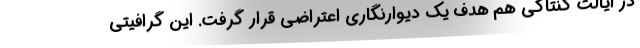
در ایالت کنتاکی هم هدف یک دیوارنگاری اعتراضی قرار گرفت. این گرافیتی